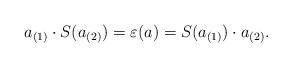
LaTeX: \begin{align*}a_{(1)}\cdot S(a_{(2)})=\varepsilon(a)=S(a_{(1)})\cdot a_{(2)}.\end{align*}